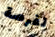
لفرصة